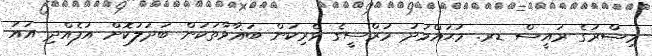
މިޞްރުގެ ރައީސް ޑރ. މުޙައްމަދު މުރްސީގެ ވެރިކަން ބަޣާވާތަކުން ބަދަލުކޮށް އުފެއްދި އައު